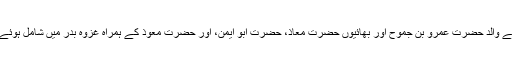
آپ اپنے والد حضرت عَمرو بن جَموح اور بھائیوں حضرت مُعَاذؓ، حضرت ابو ایمنؓ، اور حضرت مُعَوَّذؓ کے ہمراہ غزوہ بدر میں شامل ہوئے تھے۔